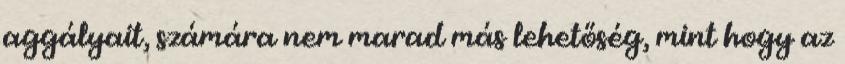
aggályait, számára nem marad más lehetőség, mint hogy az